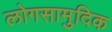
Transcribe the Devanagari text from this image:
लोगसामुदिक